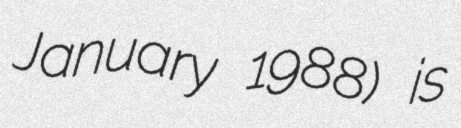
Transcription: January 1988) is